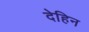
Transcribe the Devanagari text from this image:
देहिन